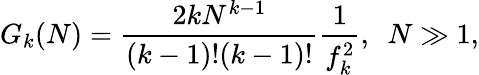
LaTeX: G_{k}(N)=\frac{2kN^{k-1}}{(k-1)!(k-1)!}\frac{1}{f_{k}^{2}},~~N\gg 1,